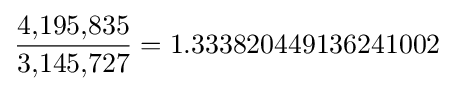
\textstyle {\dfrac {4{,}195{,}835}{3{,}145{,}727}}=1.333820449136241002